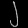
Digit: ၂